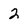
Character: 2